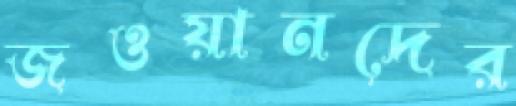
জওয়ানদের